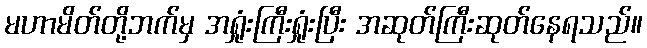
မဟာမိတ်တို့ဘက်မှ အရှုံးကြီးရှုံးပြီး အဆုတ်ကြီးဆုတ်နေရသည်။